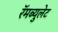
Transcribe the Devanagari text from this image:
रॅमब्युलेट